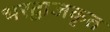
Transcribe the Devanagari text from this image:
भरद्वाजकृत